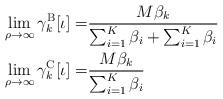
LaTeX: \begin{align*}\lim_{\rho\to\infty}\gamma_k^\mathrm{B}[\iota]=&\frac{M\beta_{k}}{\sum_{i=1}^{K}\beta_{i}+\sum_{i=1}^{K}\beta_{i}}\\\lim_{\rho\to\infty}\gamma_k^\mathrm{C}[\iota]=&\frac{M\beta_{k}}{\sum_{i=1}^{K}\beta_{i}}\end{align*}